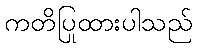
ကတိပြုထားပါသည်